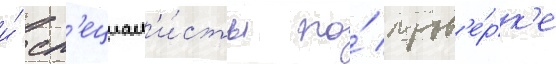
и́ сп'ециал'и́сты по́ пров'е́рк'е